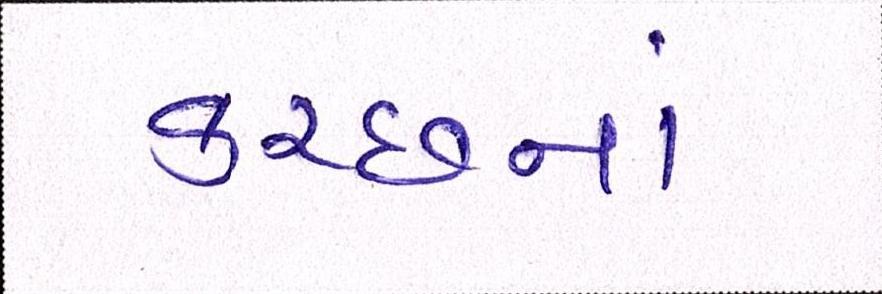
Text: કચ્છનાં